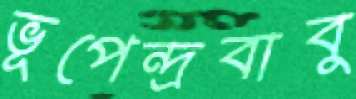
ভূপেন্দ্রবাবু